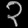
Digit: ၃